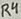
Text: R4